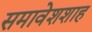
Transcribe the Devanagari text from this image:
समावेशशाह